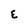
Character: E